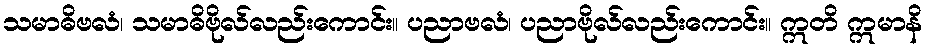
သမာဓိဗလံ၊ သမာဓိဗိုလ်လည်းကောင်း။ ပညာဗလံ၊ ပညာဗိုလ်လည်းကောင်း။ ဣတိ ဣမာနိ